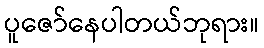
ပူဇော်နေပါတယ်ဘုရား။